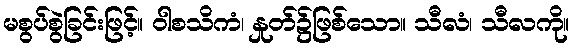
မစွပ်စွဲခြင်းဖြင့်။ ဝါစသိကံ၊ နှုတ်၌ဖြစ်သော။ သီလံ၊ သီလကို။